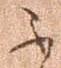
不